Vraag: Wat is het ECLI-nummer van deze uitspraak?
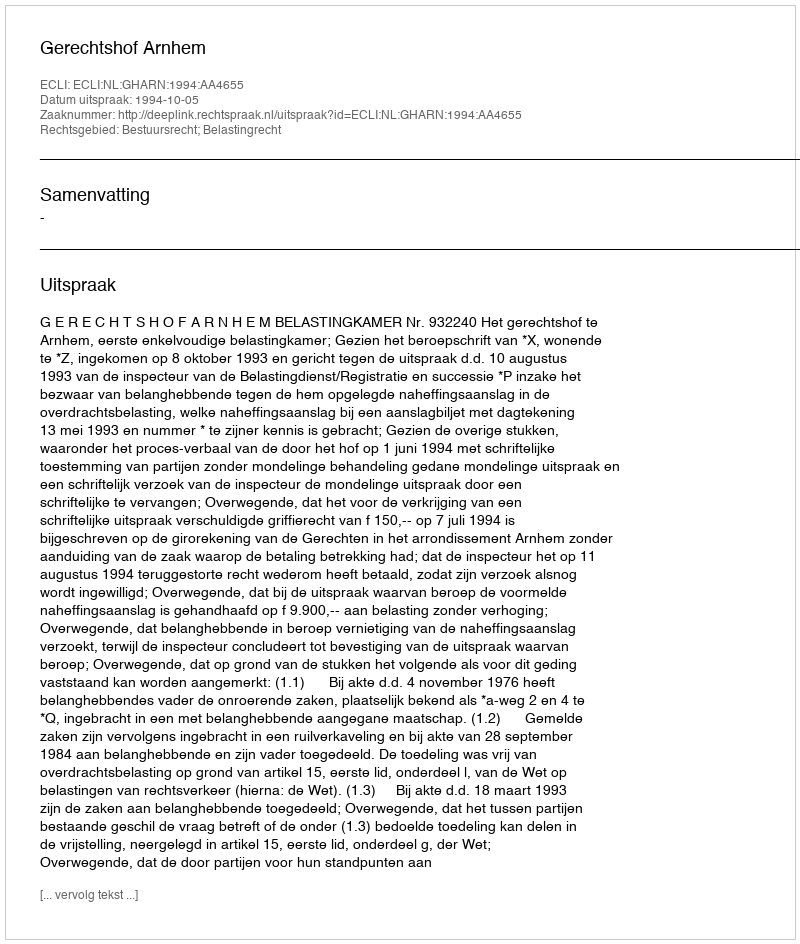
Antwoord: ECLI:NL:GHARN:1994:AA4655